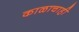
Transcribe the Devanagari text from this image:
काळाचाही